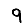
Digit: 9